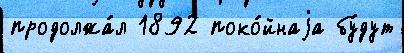
продолжа́л 1892 поко́йнаjа бу́дут